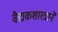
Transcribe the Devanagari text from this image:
वैद्यकशास्त्राने